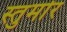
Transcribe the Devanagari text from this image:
स्तुर्मार